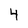
Character: 4